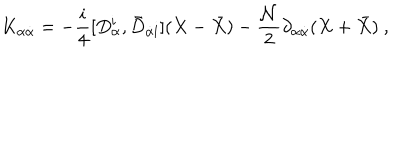
K _ { \alpha { \dot { \alpha } } } = - \frac { i } { 4 } [ D _ { \alpha } ^ { \mathbf i } , { \bar { D } } _ { { \dot { \alpha } } { \mathbf i } } ] ( X - { \bar { X } } ) - \frac { { \mathcal N } } { 2 } \partial _ { \alpha { \dot { \alpha } } } ( X + { \bar { X } } ) \ ,